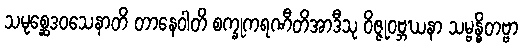
သမုစ္ဆေဒဝသေနာတိ တာနေဝါတိ စက္ခုကရဏီတိအာဒီသု ဝိဇ္ဇုဝဗ္ဘဃနာ သမ္ဗန္ဓိတဗ္ဗာ